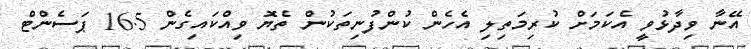
އޭނާ ވިދާޅުވީ އެކަމަށް ކުރިމަތިލި އެހެން ކުންފުނިތަކުން ތެޔޮ ވިއްކައިގެން 16.5 ޕަސެންޓް